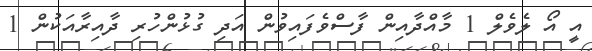
އީ އޯ ލެވެލް 1 މާއްދާއިން ފާސްވެފައިވުން އަދި ގުޅުންހުރި ދާއިރާއަކުން 1